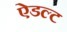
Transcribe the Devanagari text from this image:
ऐडल्ट